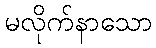
မလိုက်နာသော